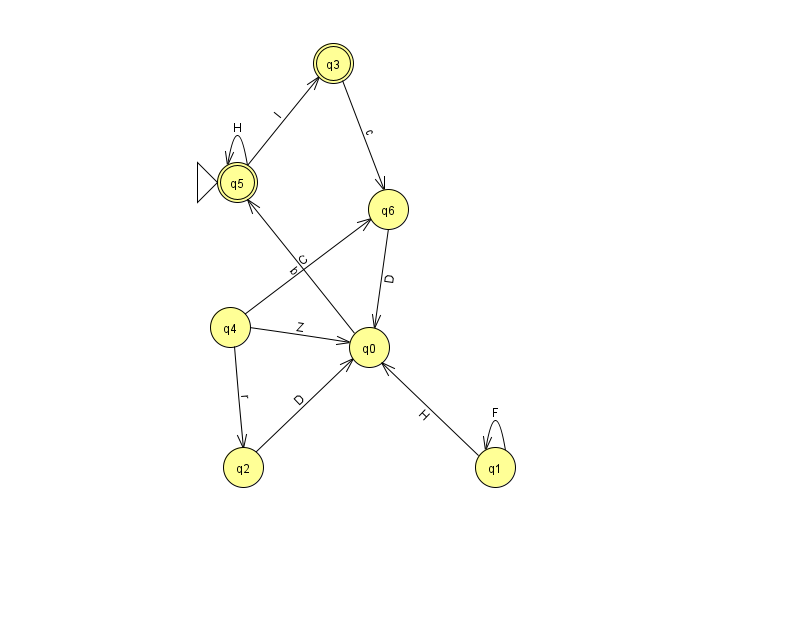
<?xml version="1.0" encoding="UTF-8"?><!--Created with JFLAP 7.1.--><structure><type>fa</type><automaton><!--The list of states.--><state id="0" name="q0"><x>369.0</x><y>334.0</y></state><state id="1" name="q1"><x>495.0</x><y>454.0</y></state><state id="2" name="q2"><x>243.0</x><y>454.0</y></state><state id="3" name="q3"><x>333.0</x><y>50.0</y><final/></state><state id="4" name="q4"><x>230.0</x><y>314.0</y></state><state id="5" name="q5"><x>237.0</x><y>169.0</y><initial/><final/></state><state id="6" name="q6"><x>388.0</x><y>196.0</y></state><!--The list of transitions.--><transition><from>1</from><to>0</to><read>H</read></transition><transition><from>2</from><to>0</to><read>D</read></transition><transition><from>3</from><to>6</to><read>c</read></transition><transition><from>5</from><to>3</to><read>I</read></transition><transition><from>6</from><to>0</to><read>D</read></transition><transition><from>1</from><to>1</to><read>F</read></transition><transition><from>4</from><to>0</to><read>Z</read></transition><transition><from>4</from><to>2</to><read>r</read></transition><transition><from>5</from><to>5</to><read>H</read></transition><transition><from>4</from><to>6</to><read>C</read></transition><transition><from>0</from><to>5</to><read>b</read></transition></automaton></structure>